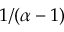
1 / ( \alpha - 1 )